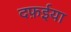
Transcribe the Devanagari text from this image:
दफ़ईया